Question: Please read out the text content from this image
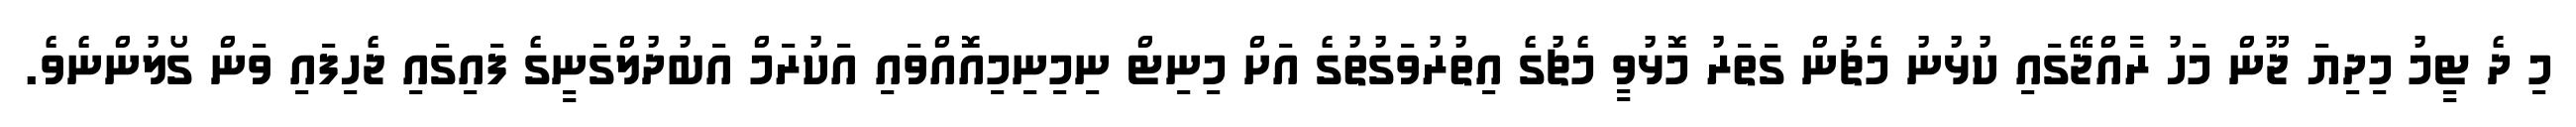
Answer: މި ދެ ޓީމު މިދިޔަ ޖޫން މަހު ރާއްޖޭގައި ކުޅުނު މެޗުން ގަތަރު މޮޅުވީ މެޗުގެ އިތުރުވަގުތުގެ އަށް މިނިޓް ނިމިނިމިއޮއްވައި އަކުރަމް އަބުދުލްގަނީގެ ފައިގައި ޖެހިފައި ވަން ގޯލުންނެވެ.